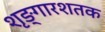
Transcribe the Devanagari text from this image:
शृङ्गारशतक